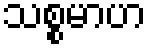
သစ္စမာဟ